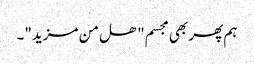
ہم پھر بھی مجسم" ھل من مزید"۔